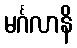
မင်္ဂလာနိ